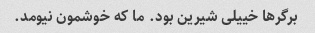
برگرها خییلی شیرین بود. ما که خوشمون نیومد.